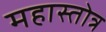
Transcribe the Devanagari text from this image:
महास्तोत्र